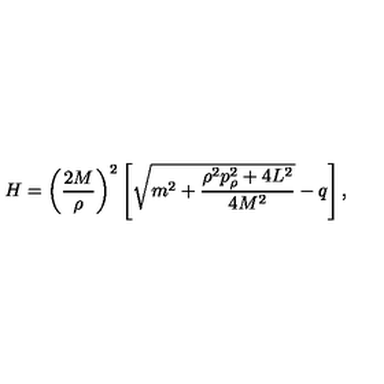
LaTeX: H = \left( \frac { 2 M } { \rho } \right) ^ { 2 } \left[ \sqrt { m ^ { 2 } + \frac { \rho ^ { 2 } p _ { \rho } ^ { 2 } + 4 L ^ { 2 } } { 4 M ^ { 2 } } } - q \right] ,